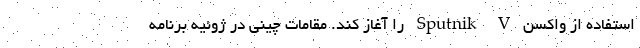
استفاده از واکسن Sputnik V را آغاز کند. مقامات چینی در ژوئیه برنامه